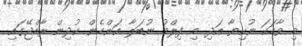
މި ވާހަކަ ނުކިޔާ އަދި މި ފިލްމު ނުބަލާ އަންހެން ކުދިން ރާއްޖޭގައި